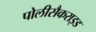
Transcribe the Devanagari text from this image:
पोलीसैकराइड